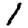
Digit: 1